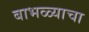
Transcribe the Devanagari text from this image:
बाभळ्याचा